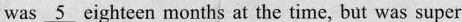
was \underline{5} cighteen months at the time, bat was super